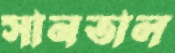
সানতাল